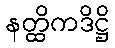
နတ္ထိကဒိဋ္ဌိ